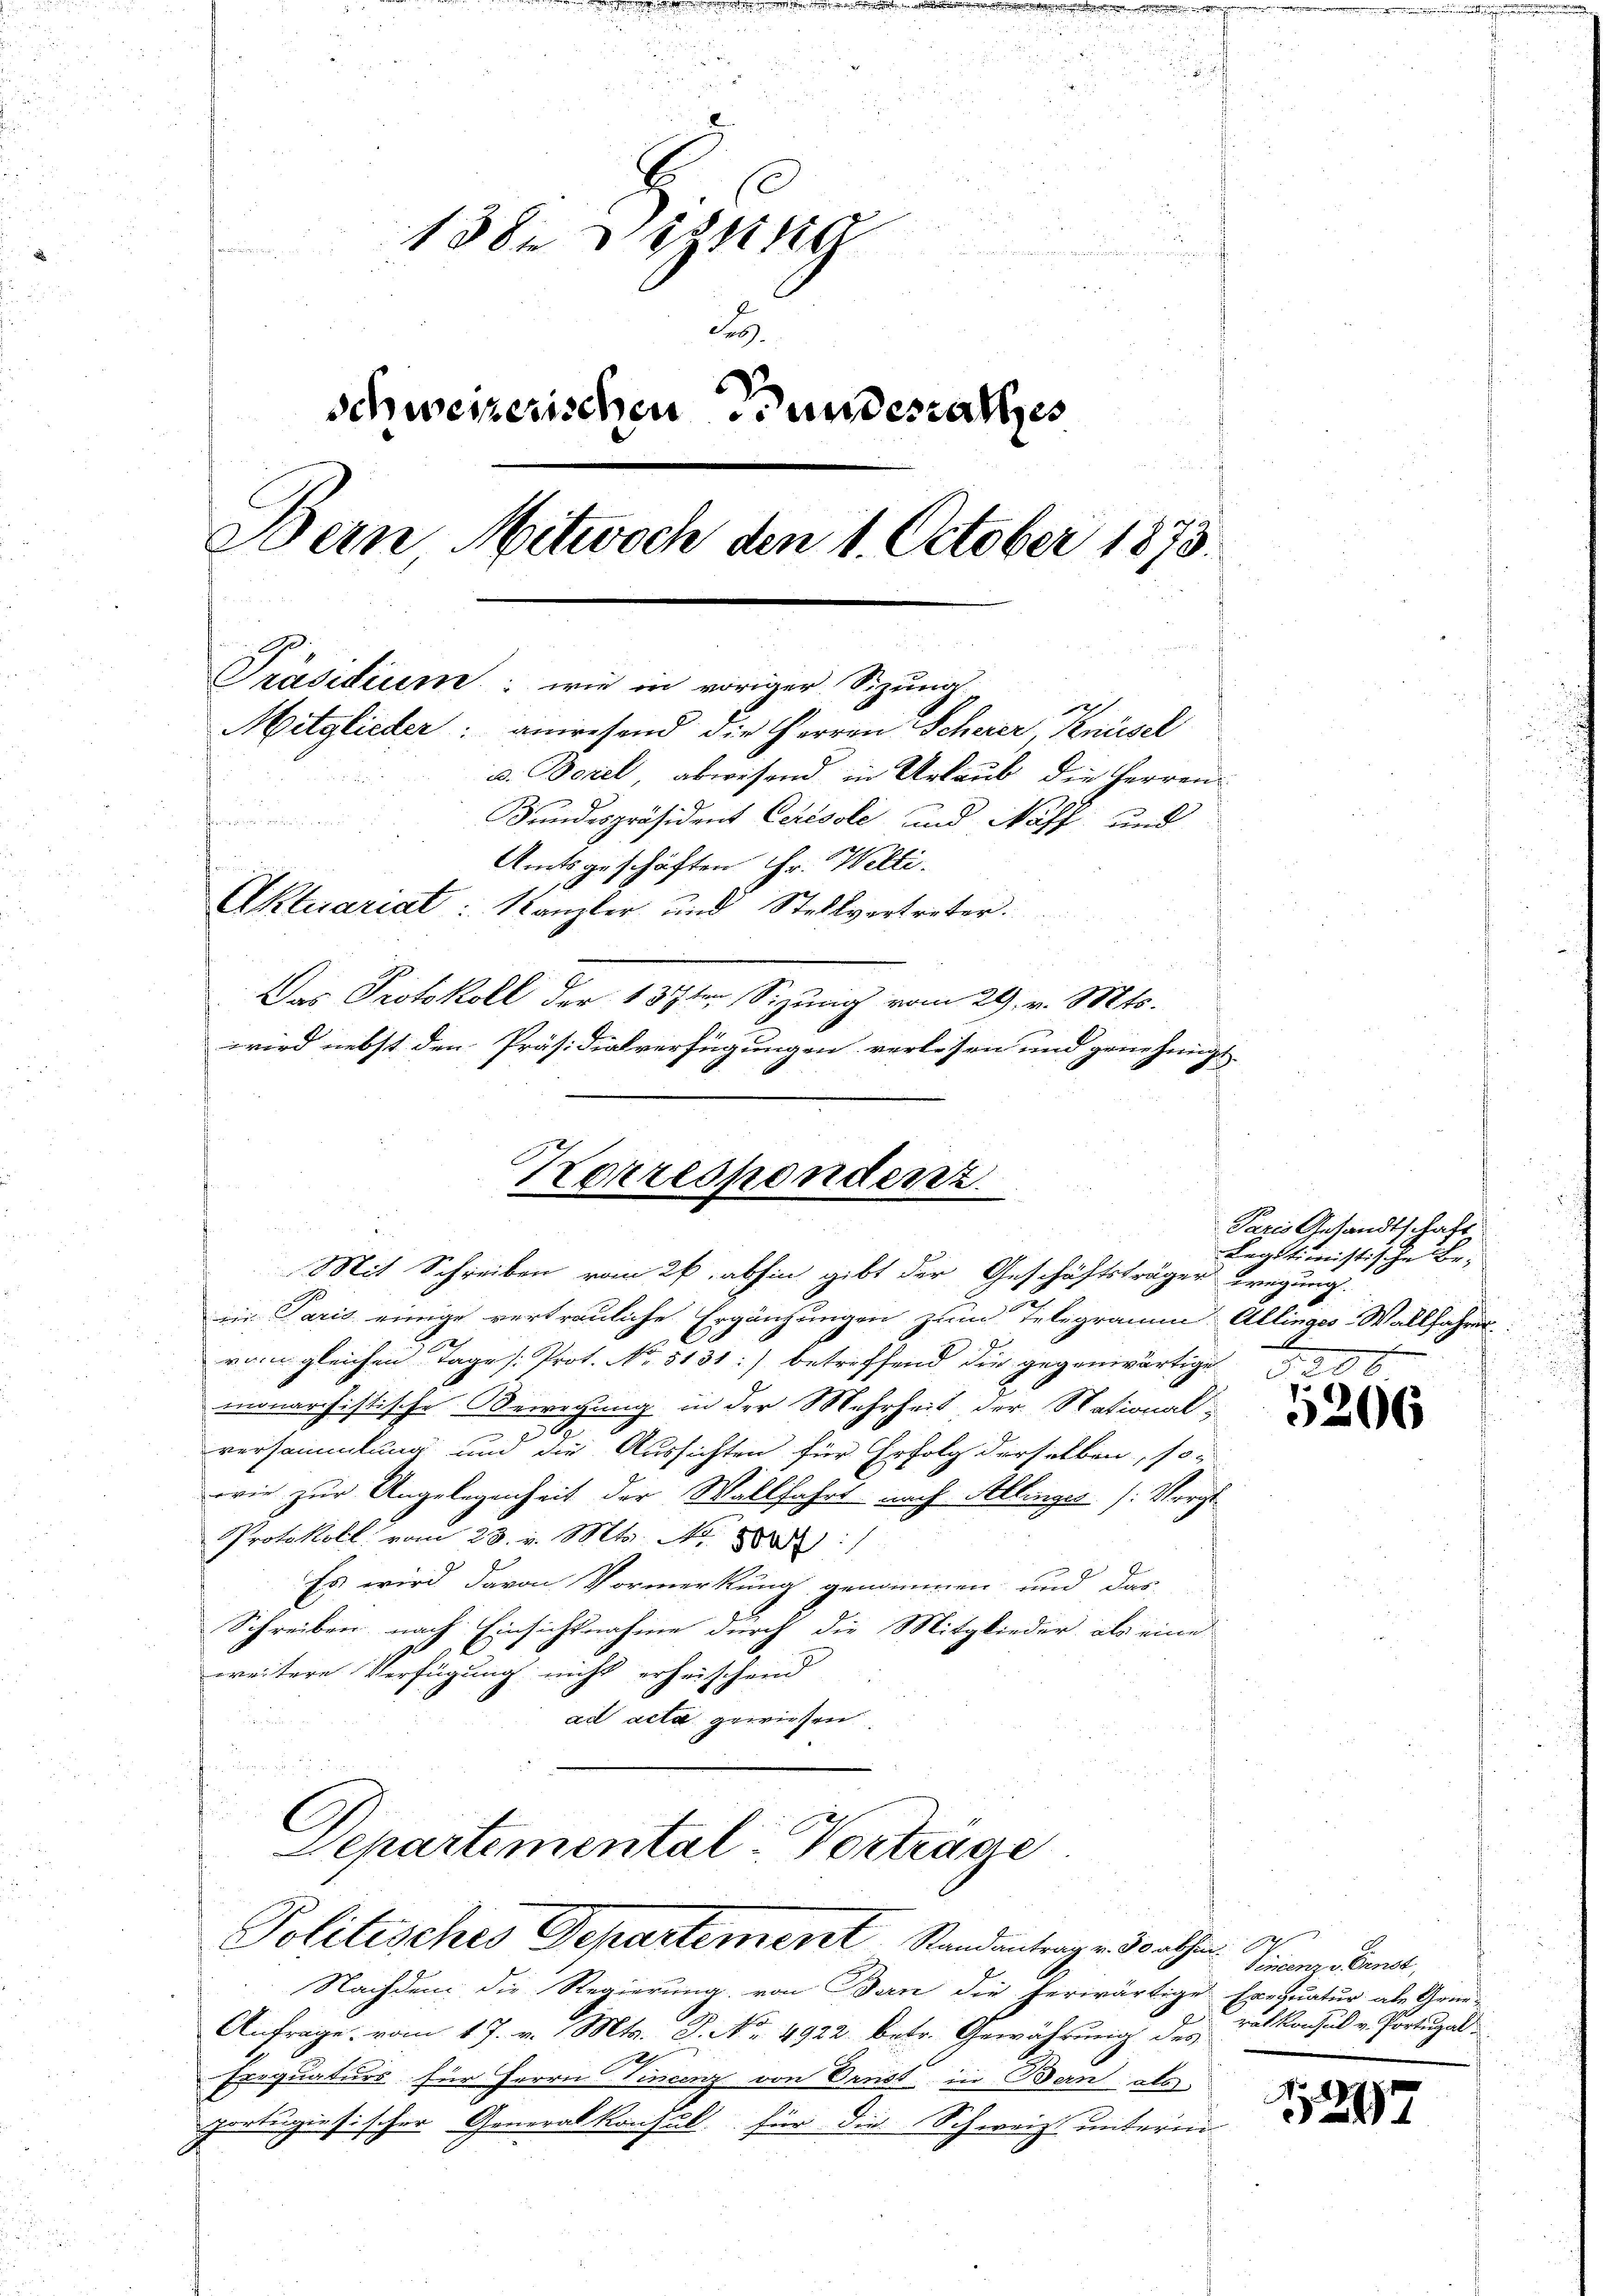
138. Dezung
F
s
schweizerischen und erathes
Bern Mitwoch den 1. October 1875.
Präsidium: wie in voriger Sizung.
Mitglieder: anwesend die Herren Scherer Knüsel
u. Borel, abwesend in Urlaub die Herren
Bundespräsident Cerésole und Naff und
fnun
Amtsgeschäften Hr. Welti.
Aktuariat: Kanzler und Stellvertreter.
Das Protokoll der 137ten Sizung vom 29. v. Mts.
wird nebst den Präsidialverfügungen verlesen und genehmigt

Korrespondenz
Mit Schreiben vom 26. abhin gibt der Geschäftsträger wegung.

Schartemental-Vortrage
Politisches Departement Standantragen Vorthin. Sinner Senat,

ein Paris einige vertrauliche Ergänzungen zum Telegramm. Allinges Wallfahres
van gleichen Tage /: Prot. No. 5131) betreffend die gegenwärtige §. 206
monarchistische Bewegung in der Mehrheit, der National
12
versammlung und die Aussichten für Erfolg derselben, sowie zur Angelegenheit der Wallfahrt nach Allinger (: Vorg
Protokoll vom 23. v. Mt. 800
Es wird davon Vormerkung genommen und das
Schreiben nach Einsichtnahme durch die Mitglieder, als eine
weitere Verfügung nicht erheischend
ad acta gewiesen

Nachdem die Regierung von Bern die herwärtige Ernquatur als Grün-
Anfrage vom 17. v. Mts. S. No. 4922 betr. Gewährung des
Exequaturs für Herrn Vincenz von Brust in Bern als
portugisischer Generalkonsul für die Schweiz untermi

Paris Gesandtschaft
Legitimistische Be-

5206

1247

rotkonsul v. Portugal